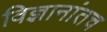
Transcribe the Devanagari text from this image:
विज्ञानांतच